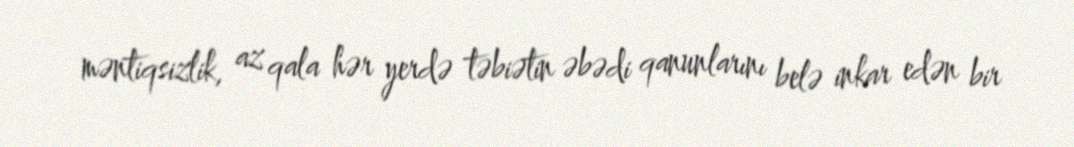
məntiqsizlik, az qala hər yerdə təbiətin əbədi qanunlarını belə inkar edən bir